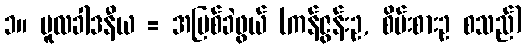
၁။ မူလခါဒနီယ = အမြစ်ခဲဖွယ် (ကန်ဇွန်းဥ, စိမ်းစားဥ စသည်)